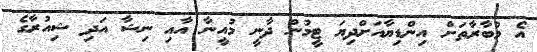
އެ މުބާރާތަށް އިންޑިޔާއަށްދިޔަ ޓީމުން ދާނީ މުއީނާ އާއި ނިޝާ އަދި ޝިއުރާގެ